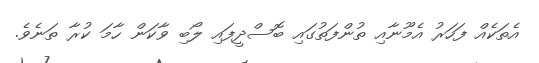
އެތަކެއް ފަހަރު އެމޫނާއި ތުންފަތުގައި ބޮސްދީފައި ލޯބި ވާކަން ހާމަ ކުރާ ތަނެވެ.